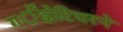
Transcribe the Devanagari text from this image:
गॕझेटियरने